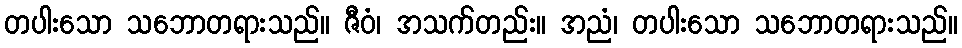
တပါးသော သဘောတရားသည်။ ဇီဝံ၊ အသက်တည်း။ အညံ၊ တပါးသော သဘောတရားသည်။